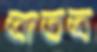
তাতত